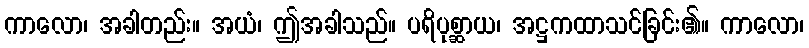
ကာလော၊ အခါတည်း။ အယံ၊ ဤအခါသည်။ ပရိပုစ္ဆာယ၊ အဋ္ဌကထာသင်ခြင်း၏။ ကာလော၊